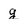
Character: g